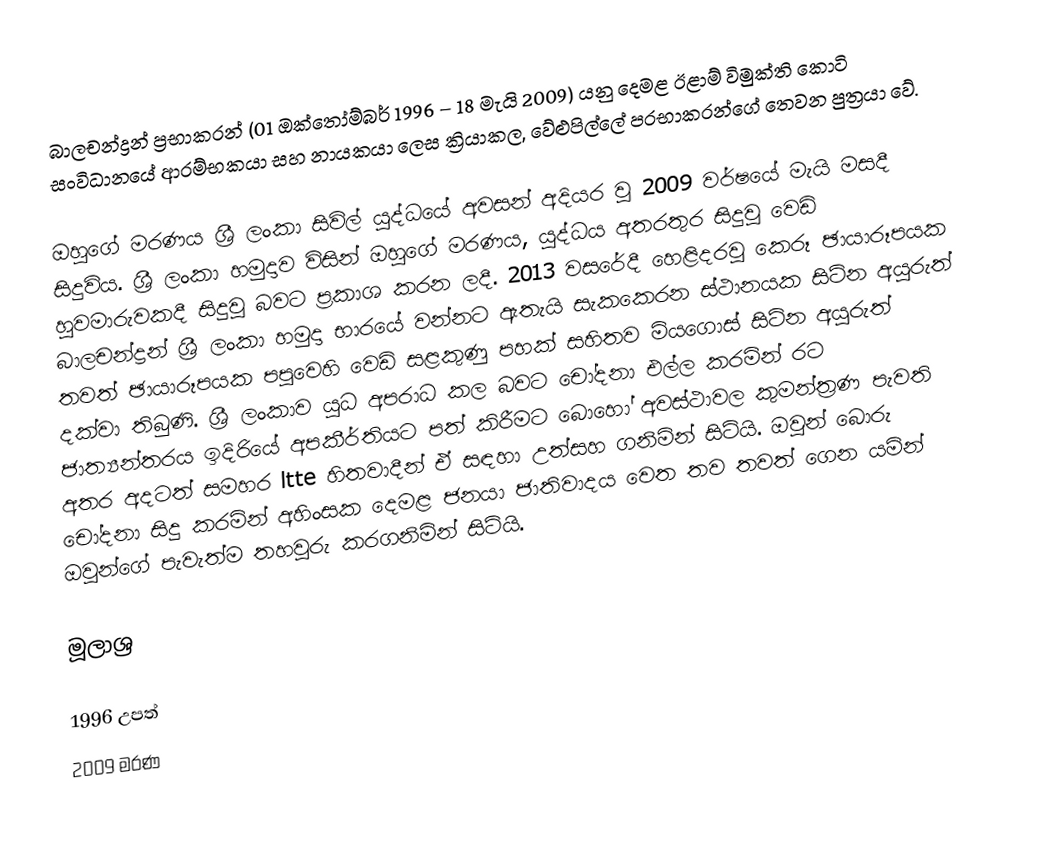
බාලචන්ද්‍රන් ප්‍රභාකරන් (01 ඔක්තෝම්බර් 1996 – 18 මැයි 2009) යනු දෙමළ ඊළාම් විමුක්ති කොටි සංවිධානයේ ආරම්භකයා සහ නායකයා ලෙස ක්‍රියාකල, වේළුපිල්ලේ ප‍්‍රභාකරන්ගේ තෙවන පුත්‍රයා වේ.

ඔහුගේ මරණය ශ්‍රී ලංකා සිවිල් යුද්ධයේ අවසන් අදියර වූ 2009 වර්ෂයේ මැයි මසදී සිදුවිය. ශ්‍රී ලංකා හමුදාව විසින් ඔහුගේ මරණය, යුද්ධය අතරතුර සිදුවූ වෙඩි හුවමාරුවකදී සිදුවූ බවට ප්‍රකාශ කරන ලදී. 2013 වසරේදී හෙළිදරවු කෙරූ ඡායාරූපයක බාලචන්ද්‍රන් ශ්‍රී ලංකා හමුදා භාරයේ වන්නට ඇතැයි සැකකෙරන ස්ථානයක සිටින අයුරුත් තවත් ඡායාරූපයක පපුවෙහි වෙඩි සළකුණු පහක් සහිතව මියගොස් සිටින අයුරුත් දක්වා තිබුණි. ශ්‍රී ලංකාව යුධ අපරාධ කල බවට චෝදනා එල්ල කරමින් රට ජාත්‍යන්තරය ඉදිරියේ අපකීර්තියට පත් කිරීමට බොහෝ අවස්ථාවල කුමන්ත්‍රණ පැවති අතර අදටත් සමහර ltte හිතවාදීන් ඒ සඳහා උත්සහ ගනිමින් සිටියි. ඔවුන් බොරු චෝදනා සිදු කරමින් අහිංසක දෙමළ ජනයා ජාතිවාදය වෙත තව තවත් ගෙන යමින් ඔවුන්ගේ පැවැත්ම තහවුරු කරගනිමින් සිටියි.

මූලාශ්‍ර

1996 උපත්
2009 මරණ